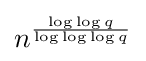
n^{\frac {\log \log q}{\log \log \log q}}